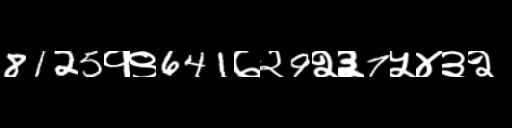
Text: 8125१९641७२9२३7५४३२